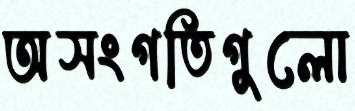
অসংগতিগুলো